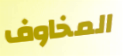
المخاوف